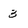
Character: 3